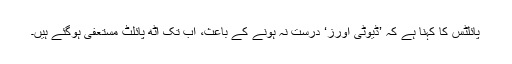
پائلٹس کا کہنا ہے کہ ’ڈیوٹی آورز‘ درست نہ ہونے کے باعث، اب تک آٹھ پائلٹ مستعفی ہوگئے ہیں۔